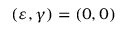
( \varepsilon , \gamma ) = ( 0 , 0 )